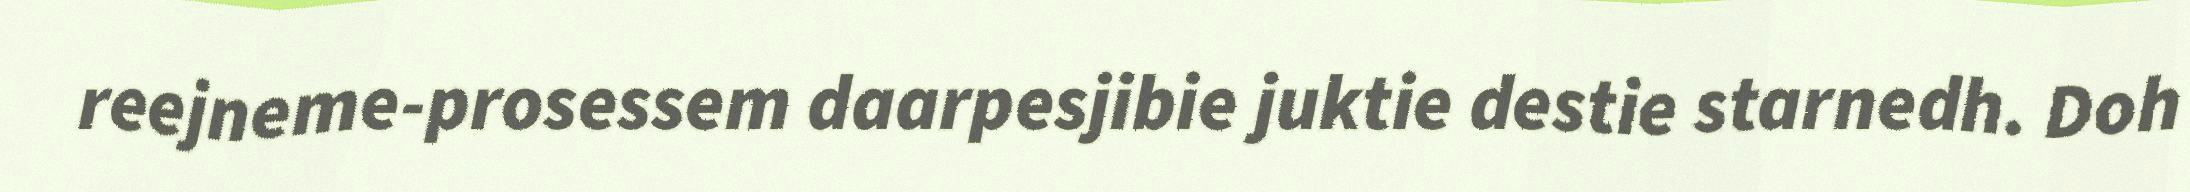
reejneme-prosessem daarpesjibie juktie destie starnedh. Doh